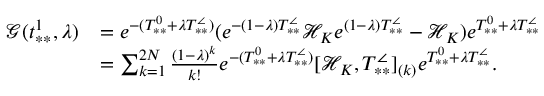
\begin{array} { r l } { \mathcal { G } ( t _ { * * } ^ { 1 } , \lambda ) } & { = e ^ { - ( T _ { * * } ^ { 0 } + \lambda T _ { * * } ^ { \angle } ) } ( e ^ { - ( 1 - \lambda ) T _ { * * } ^ { \angle } } \mathcal { H } _ { K } e ^ { ( 1 - \lambda ) T _ { * * } ^ { \angle } } - \mathcal { H } _ { K } ) e ^ { T _ { * * } ^ { 0 } + \lambda T _ { * * } ^ { \angle } } } \\ & { = \sum _ { k = 1 } ^ { 2 N } \frac { ( 1 - \lambda ) ^ { k } } { k ! } e ^ { - ( T _ { * * } ^ { 0 } + \lambda T _ { * * } ^ { \angle } ) } [ \mathcal { H } _ { K } , T _ { * * } ^ { \angle } ] _ { ( k ) } e ^ { T _ { * * } ^ { 0 } + \lambda T _ { * * } ^ { \angle } } . } \end{array}